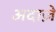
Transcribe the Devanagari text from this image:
अदाज़े